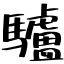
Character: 驢